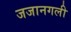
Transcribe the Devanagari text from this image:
जजानगली